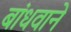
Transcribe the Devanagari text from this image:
बांधवाने